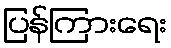
ပြန်ကြားရေး